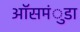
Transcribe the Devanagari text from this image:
ऑसमंुडा